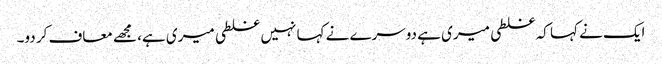
ایک نے کہا کہ غلطی میری ہے دوسرے نے کہا نہیں غلطی میری ہے، مجھے معاف کر دو۔